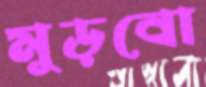
মুড়বো